Circular to school boards. Audit of accounts, 1910
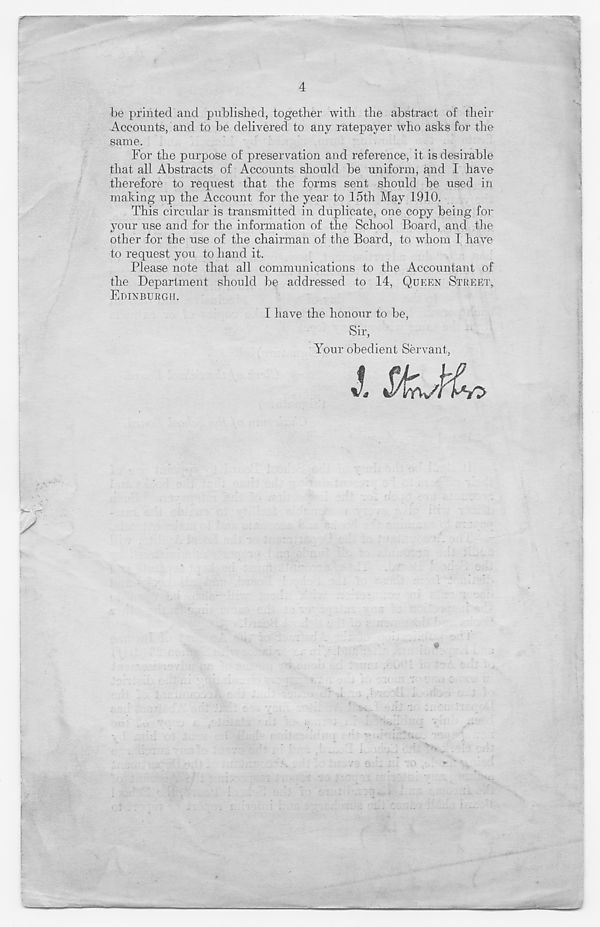
4
be printed and published, together with the abstract of their
Accounts, and to be delivered to any ratepayer who asks for the
same.
For the purpose of preservation and reference, it is desirable
that all Abstracts of Accounts should be uniform, and I have
therefore to request that the forms sent should be used in
making up the Account for the year to 15th May 1910.
This circular is transmitted in duplicate, one copy being for
your use and for the information of the School Board, and the
other for the use of the chairman of the Board, to whom I have
to request you to hand it.
Please note that all communications to the Accountant of
the Department should be addressed to 14, QUEEN STREET,
EDINBURGH.
I have the honour to be,
Sir,
Your obedient Servant,